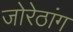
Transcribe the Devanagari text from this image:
जोरेठांग